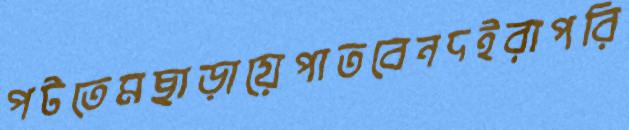
পটতেমছাড়ায়েপাতবেনদইরাপরি